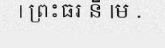
| ព្រះធរ នី |ម .